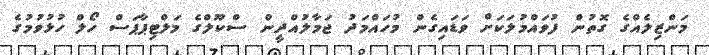
މަންޒިލެއްގެ ގޮތުން ފުވައްމުލަކަށް ވަޑައިގެން މުހައްމަދު ޖަމާލުއްދީން ސްކޫލްގެ މަލްޓިޕާޕަސް ހޯލް ހުޅުވުމުގެ